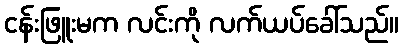
ငန်းဖြူးမက လင်းကို လက်ယပ်ခေါ်သည်။